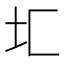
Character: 𰉖